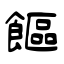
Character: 饇